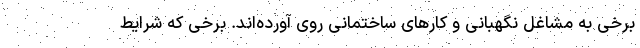
برخی به مشاغل نگهبانی و کارهای ساختمانی روی آورده‌اند. برخی که شرایط